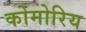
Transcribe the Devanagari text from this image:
कोमोरिय